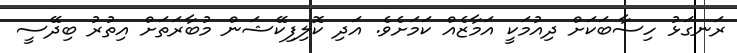
ރަނގަޅު ހިސާބަކަށް ދިއުމަކީ އަމާޒެއް ކަމަށެވެ. އަދި ކޮލިފިކޭޝަން މުބާރަތަށް އިތުރު ބިދޭސީ